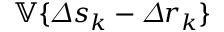
\mathbb { V } \{ \varDelta s _ { k } - \varDelta r _ { k } \}